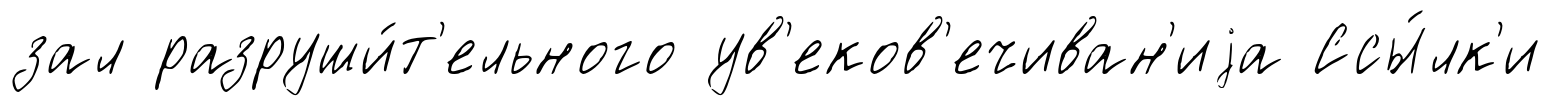
зал разруши́т'ельного ув'еков'ечиван'иjа Ссы́лк'и